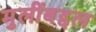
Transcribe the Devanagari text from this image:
मुलींबद्दल